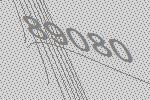
89080